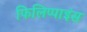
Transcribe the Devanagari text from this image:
फिलिप्पाइंस